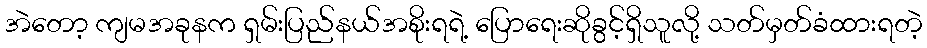
အဲတော့ ကျမအခုနက ရှမ်းပြည်နယ်အစိုးရရဲ့ ပြောရေးဆိုခွင့်ရှိသူလို့ သတ်မှတ်ခံထားရတဲ့